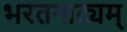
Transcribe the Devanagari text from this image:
भरतनाट्यम्‌